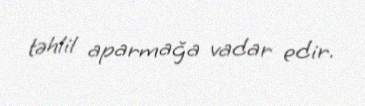
təhlil aparmağa vadar edir.